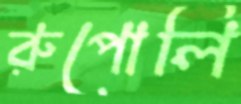
রুপোলি